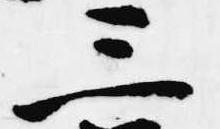
三